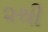
૨થી